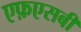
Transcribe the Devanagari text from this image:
एफ़एसबी